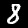
Digit: 8